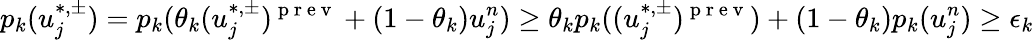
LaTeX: p_{k}(u_{j}^{\ast,\pm})=p_{k}(\theta_{k}(u_{j}^{\ast,\pm})^{\mathrm{~p~r~e~v~}}+(1-\theta_{k})u_{j}^{n})\ge\theta_{k}p_{k}((u_{j}^{\ast,\pm})^{\mathrm{~p~r~e~v~}})+(1-\theta_{k})p_{k}(u_{j}^{n})\ge\epsilon_{k}